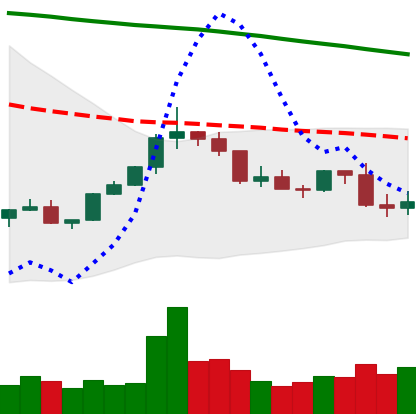
Ticker: XLM-USD
Chart end date: 2022-02-19
Forward return: -10.641%
Label: down_7plus